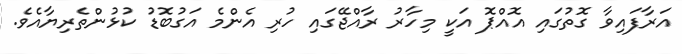
އަރާފައިވާ ގޮތުގައި އޮއްޕޮ އަކީ މިހާރު ރާއްޖޭގައި ހުރި އެންމެ އަގުބޮޑު ކުޅުންތެރިޔާއެވެ.